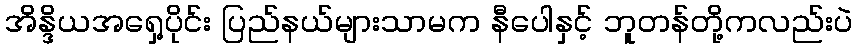
အိန္ဒိယအရှေ့ပိုင်း ပြည်နယ်များသာမက နီပေါနှင့် ဘူတန်တို့ကလည်းပဲ